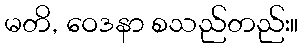
မတိ, ဝေဒနာ စသည်တည်း။